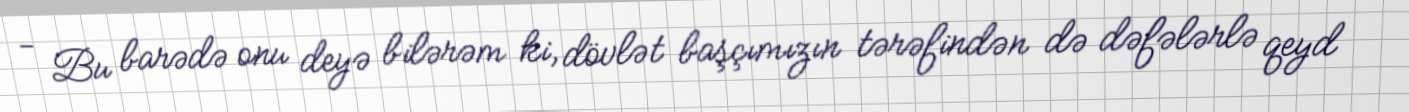
- Bu barədə onu deyə bilərəm ki, dövlət başçımızın tərəfindən də dəfələrlə qeyd